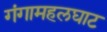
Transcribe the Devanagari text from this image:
गंगामहलघाट